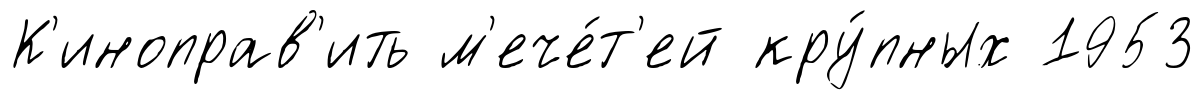
К'иноправ'ить м'ече́т'ей кру́пных 1953